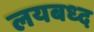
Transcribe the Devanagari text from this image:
लयबध्द